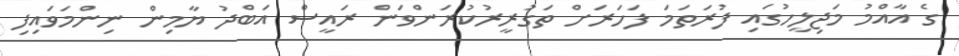
ގެ އާއްމު މަޖިލީހުގައި ފުރަތަމަ ފަހަރަށް ތަގުރީރުކުރަންވަން ރައީސް އަބްދު ޔާމިން ނިންމަވައިފި